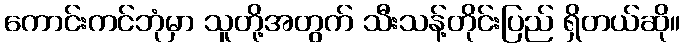
ကောင်းကင်ဘုံမှာ သူတို့အတွက် သီးသန့်တိုင်းပြည် ရှိတယ်ဆို။